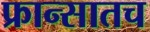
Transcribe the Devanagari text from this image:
फ्रान्सातच